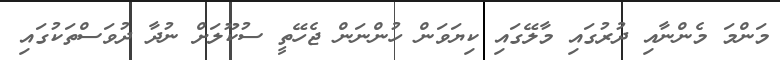
މަންމަ މެންނާއި ދުރުގައި މާލޭގައި ކިޔަވަން ހުންނަން ޖެހޭތީ ސުކޫލަށް ނުދާ ދުވަސްތަކުގައި